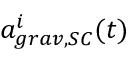
a _ { g r a v , S C } ^ { i } ( t )